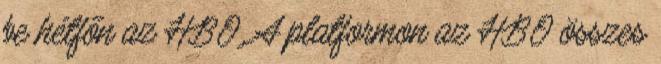
be hétfőn az HBO. A platformon az HBO összes